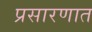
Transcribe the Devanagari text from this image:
प्रसारणात